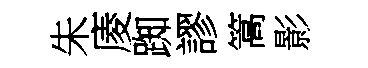
朱庱踟謬篙影